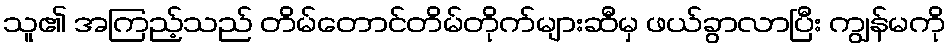
သူ၏ အကြည့်သည် တိမ်တောင်တိမ်တိုက်များဆီမှ ဖယ်ခွာလာပြီး ကျွန်မကို